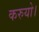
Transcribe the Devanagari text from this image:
करुयो।